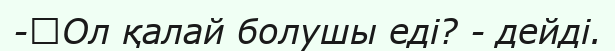
-	Ол қалай болушы еді? - дейді.